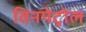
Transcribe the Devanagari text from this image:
विनपेट्रोल